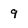
Character: 9